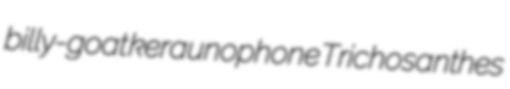
billy-goat keraunophone Trichosanthes